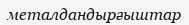
металдандырғыштар